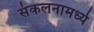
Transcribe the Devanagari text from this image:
संकलनामध्ये